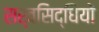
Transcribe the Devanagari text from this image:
सर्वसिद्धियों